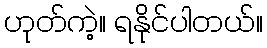
ဟုတ်ကဲ့။ ရနိုင်ပါတယ်။